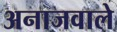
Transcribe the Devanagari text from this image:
अनाजवाले